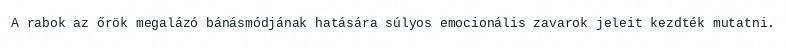
A rabok az őrök megalázó bánásmódjának hatására súlyos emocionális zavarok jeleit kezdték mutatni.